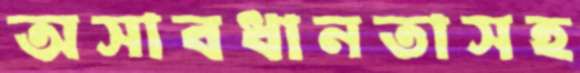
অসাবধানতাসহ